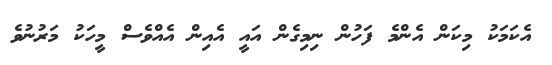
އެކަމަކު މިކަން އެންމެ ފަހުން ނިމިގެން އައީ އެއިން އެއްވެސް މީހަކު މަރުނުވެ